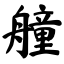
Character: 艟